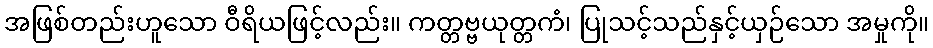
အဖြစ်တည်းဟူသော ဝီရိယဖြင့်လည်း။ ကတ္တဗ္ဗယုတ္တကံ၊ ပြုသင့်သည်နှင့်ယှဉ်သော အမှုကို။